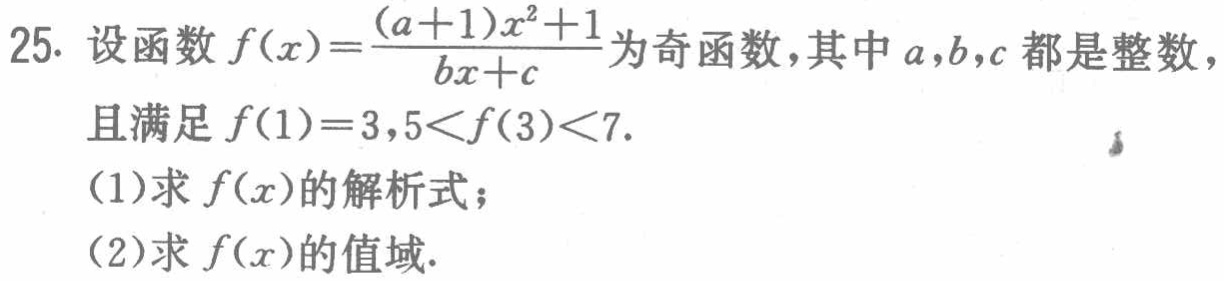
25. 设函数\(f(x)=\frac{(a + 1)x^{2}+1}{bx + c}\)为奇函数，其中\(a,b,c\)都是整数，且满足\(f(1)=3,5\lt f(3)\lt7\).

(1)求\(f(x)\)的解析式；

(2)求\(f(x)\)的值域.